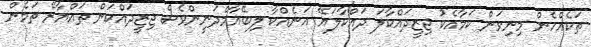
ތަކެއްހެން މިނިވަން ކަމާއެކު ޖިޒީދައްކާލަ ދައްކާލަޔޭ އަނެއްކާ ލިބޭއާމްދަނީންވެސް ޖިޒީދައްކަން ތައްޔާރޭ ތަމެން